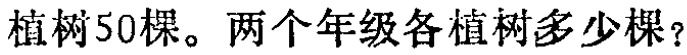
植树50棵。两个年级各植树多少棵？